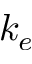
k _ { e }